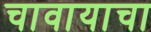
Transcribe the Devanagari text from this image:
चावायाचा